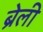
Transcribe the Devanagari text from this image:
ब्रेली